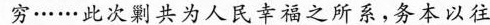
穷……此次剿共为人民幸福之所系，务本以往